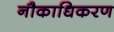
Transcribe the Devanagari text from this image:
नौकाधिकरण